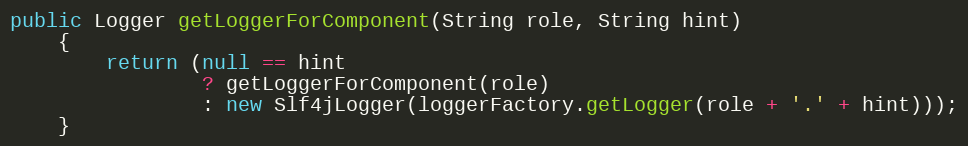
Language: Java
public Logger getLoggerForComponent(String role, String hint)
    {
        return (null == hint
                ? getLoggerForComponent(role)
                : new Slf4jLogger(loggerFactory.getLogger(role + '.' + hint)));
    }